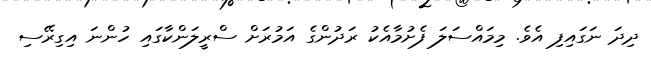
ދިދަ ނަގައިފި އެވެ. މިމައްސަލަ ފެށުމާއެކު ރަދުންގެ އަމުރަށް ސްރީލަންކާގައި ހުންނަ އިގިރޭސި